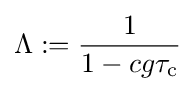
\Lambda :={\frac {1}{1-cg\tau _{\rm {c}}}}